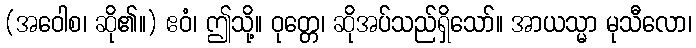
(အဝေါစ၊ ဆို၏။) ဧဝံ၊ ဤသို့။ ဝုတ္တေ၊ ဆိုအပ်သည်ရှိသော်။ အာယသ္မာ မုသီလော၊